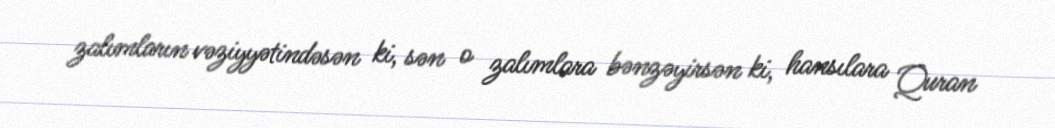
zalımların vəziyyətindəsən ki, sən o zalımlara bənzəyirsən ki, hansılara Quran